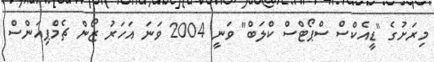
މިރަށުގެ "ޑީއެކްސް ސްޕޯޓްސް ކްލަބް" ވަނީ 2004 ވަނަ އަހަރު ޒޯން ޗެމްޕިއަންސް